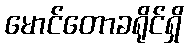
မောင်တောခရိုင်ရှိ